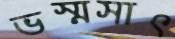
ভস্মসাৎ